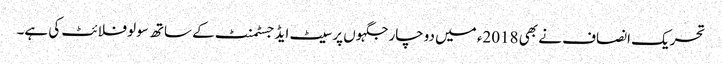
تحریک انصاف نے بھی 2018ء میں دوچار جگہوں پر سیٹ ایڈجسٹمنٹ کے ساتھ سولو فلائٹ کی ہے۔